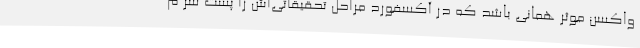
واکسن موثر همانی باشد که در آکسفورد مراحل تحقیقاتی‌اش را پشت سر م